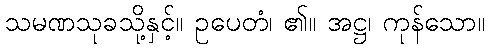
သမဏသုခသို့နှင့်။ ဥပေတံ၊ ၏။ အဋ္ဌ၊ ကုန်သော။